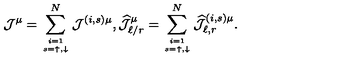
{ \mathcal J } ^ { \mu } = \sum _ { i = 1 \atop s = \uparrow , \downarrow } ^ { N } { \mathcal J } ^ { ( i , s ) \mu } , \widehat { { \mathcal J } } _ { \ell / r } ^ { \mu } = \sum _ { i = 1 \atop s = \uparrow , \downarrow } ^ { N } \widehat { { \mathcal J } } _ { \ell , r } ^ { ( i , s ) \mu } .